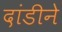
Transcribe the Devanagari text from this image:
दांडीने